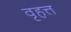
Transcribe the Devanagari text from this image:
वृहत्त